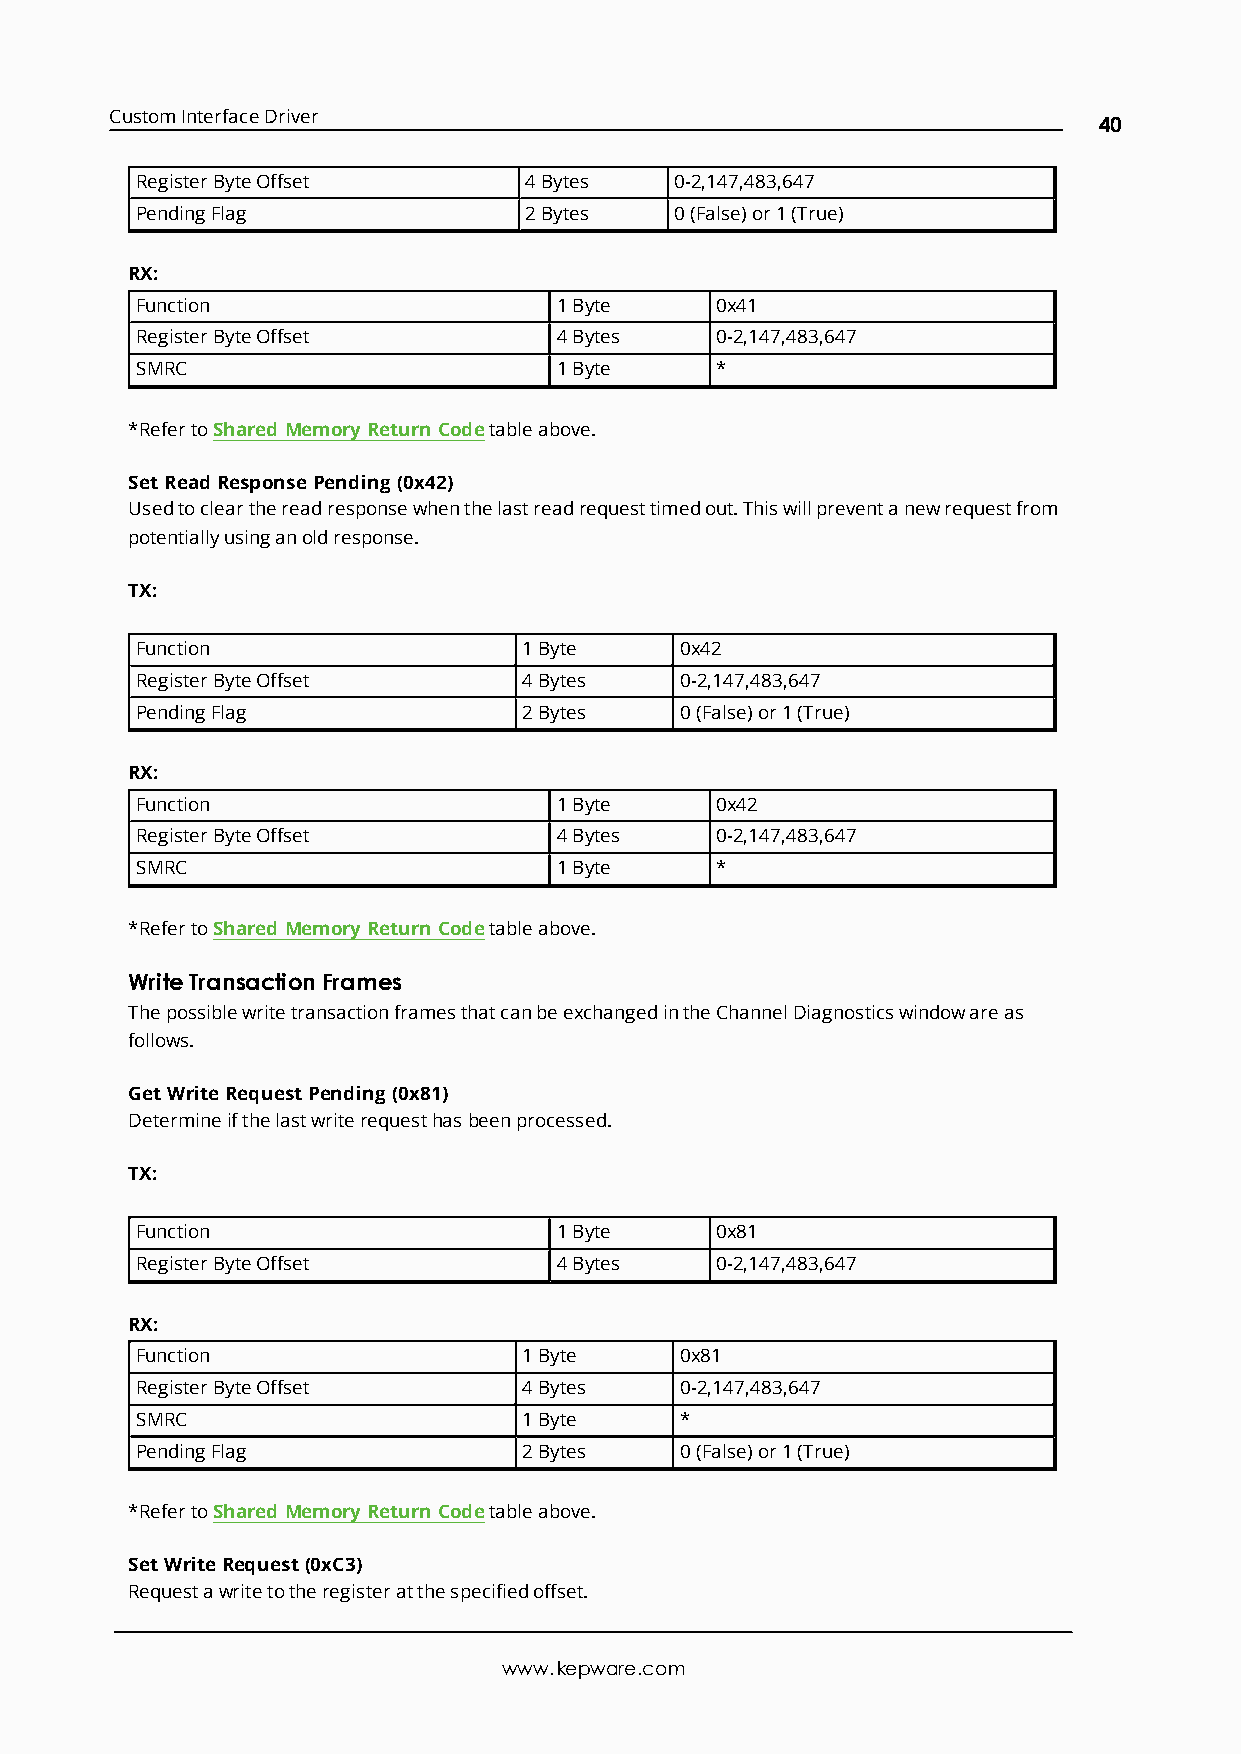
CustomInterfaceDriver
 40
 RegisterByteOffset        4Bytes    0-2,147,483,647
 PendingFlag               2Bytes    0(False)or1(True)
 RX:
 Function                    1Byte     0x41
 RegisterByteOffset          4Bytes    0-2,147,483,647
 SMRC                        1Byte     *
 *RefertoShared Memory Return Codetableabove.
 SetRead ResponsePending (0x42)
 Usedtoclearthereadresponsewhenthelastreadrequesttimedout.Thiswillpreventanewrequestfrom
 potentiallyusinganoldresponse.
 TX:
 Function                  1Byte     0x42
 RegisterByteOffset        4Bytes    0-2,147,483,647
 PendingFlag               2Bytes    0(False)or1(True)
 RX:
 Function                    1Byte     0x42
 RegisterByteOffset          4Bytes    0-2,147,483,647
 SMRC                        1Byte     *
 *RefertoShared Memory Return Codetableabove.
 WriteTransaction Frames
 ThepossiblewritetransactionframesthatcanbeexchangedintheChannelDiagnosticswindowareas
 follows.
 GetWriteRequestPending (0x81)
 Determineifthelastwriterequesthasbeenprocessed.
 TX:
 Function                    1Byte     0x81
 RegisterByteOffset          4Bytes    0-2,147,483,647
 RX:
 Function                  1Byte     0x81
 RegisterByteOffset        4Bytes    0-2,147,483,647
 SMRC                      1Byte     *
 PendingFlag               2Bytes    0(False)or1(True)
 *RefertoShared Memory Return Codetableabove.
 SetWriteRequest(0xC3)
 Requestawritetotheregisteratthespecifiedoffset.
 www.kepware.com